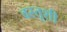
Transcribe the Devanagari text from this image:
वस्तूशी